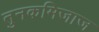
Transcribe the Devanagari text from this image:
तुनकमिजाज